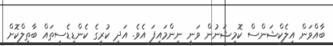
ބާއްވަން އިލެކްޝަންސް ކޮމިޝަނުން ވަނީ ނިންމައިފަ އެވެ. އަދި ކުރީގެ ކެންޑިޑެސީތައް ބާތިލްކޮށް